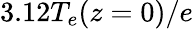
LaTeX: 3.12T_{e}(z=0)/e